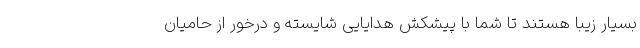
بسیار زیبا هستند تا شما با پیشکش هدایایی شایسته و درخور از حامیان